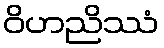
ဝိဟညိဿံ